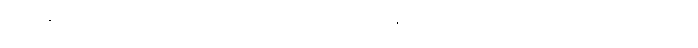
ဒါပေမယ့် တစ်ဖက်မှာ သူဟာ ဘောလုံးအားကစားကို နှစ်သက်သူ တစ်ဦး ဖြစ်တဲ့အတွက် အခုလို